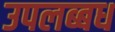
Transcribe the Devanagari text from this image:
उपलब्बध